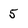
Character: 5